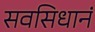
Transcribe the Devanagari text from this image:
सवसिधानं